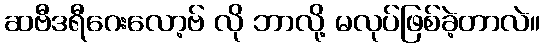
ဆဗီဒရီဂေးလော့ဗ် လို ဘာလို့ မလုပ်ဖြစ်ခဲ့တာလဲ။